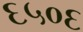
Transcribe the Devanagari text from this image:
६५०६